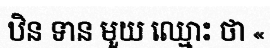
ឋិន ទាន មួយ ឈ្មោះ ថា «